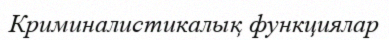
Криминалистикалық функциялар